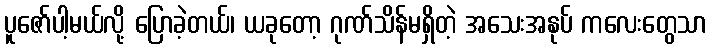
ပူဇော်ပါ့မယ်လို့ ပြောခဲ့တယ်၊ ယခုတော့ ဂုဏ်သိန်မရှိတဲ့ အသေးအနုပ် ကလေးတွေသာ